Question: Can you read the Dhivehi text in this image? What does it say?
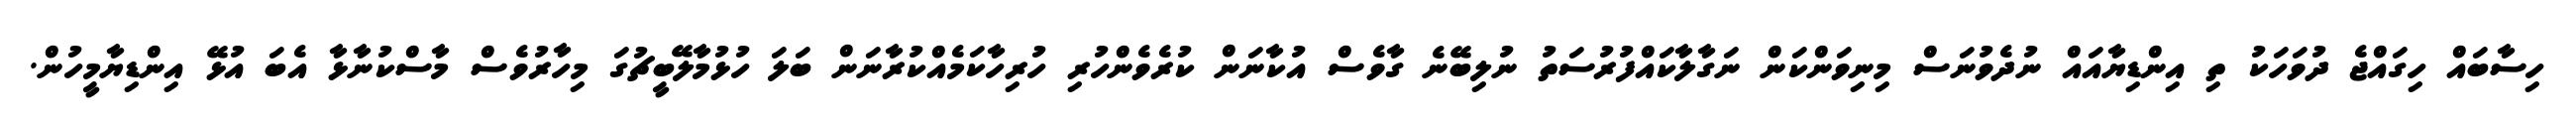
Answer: ހިސާބައް ހިގައްޖެ ދުވަހަކު ތި އިންޑިޔާއައް ނުދެވުނަސް މިނިވަންކަން ނަގާލާކައްފުރުސަތު ނުލިބޭނެ ގާވެސް އުކާނަން ކުރެވެންހުރި ހުރިހާކަމެއްކުރާނަން ބަލަ ހުޅުމާލޭބީޗުގަ މިހާރުވެސް މާސްކުނާޅާ އެބަ އުޅޭ އިންޑިޔާމީހުން.